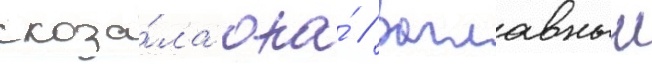
сказа́ла она́ // Заглавныи